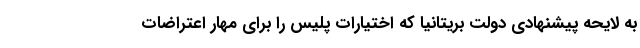
به لایحه پیشنهادی دولت بریتانیا که اختیارات پلیس را برای مهار اعتراضات